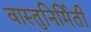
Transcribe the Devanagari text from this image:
वास्तुनिर्मिती